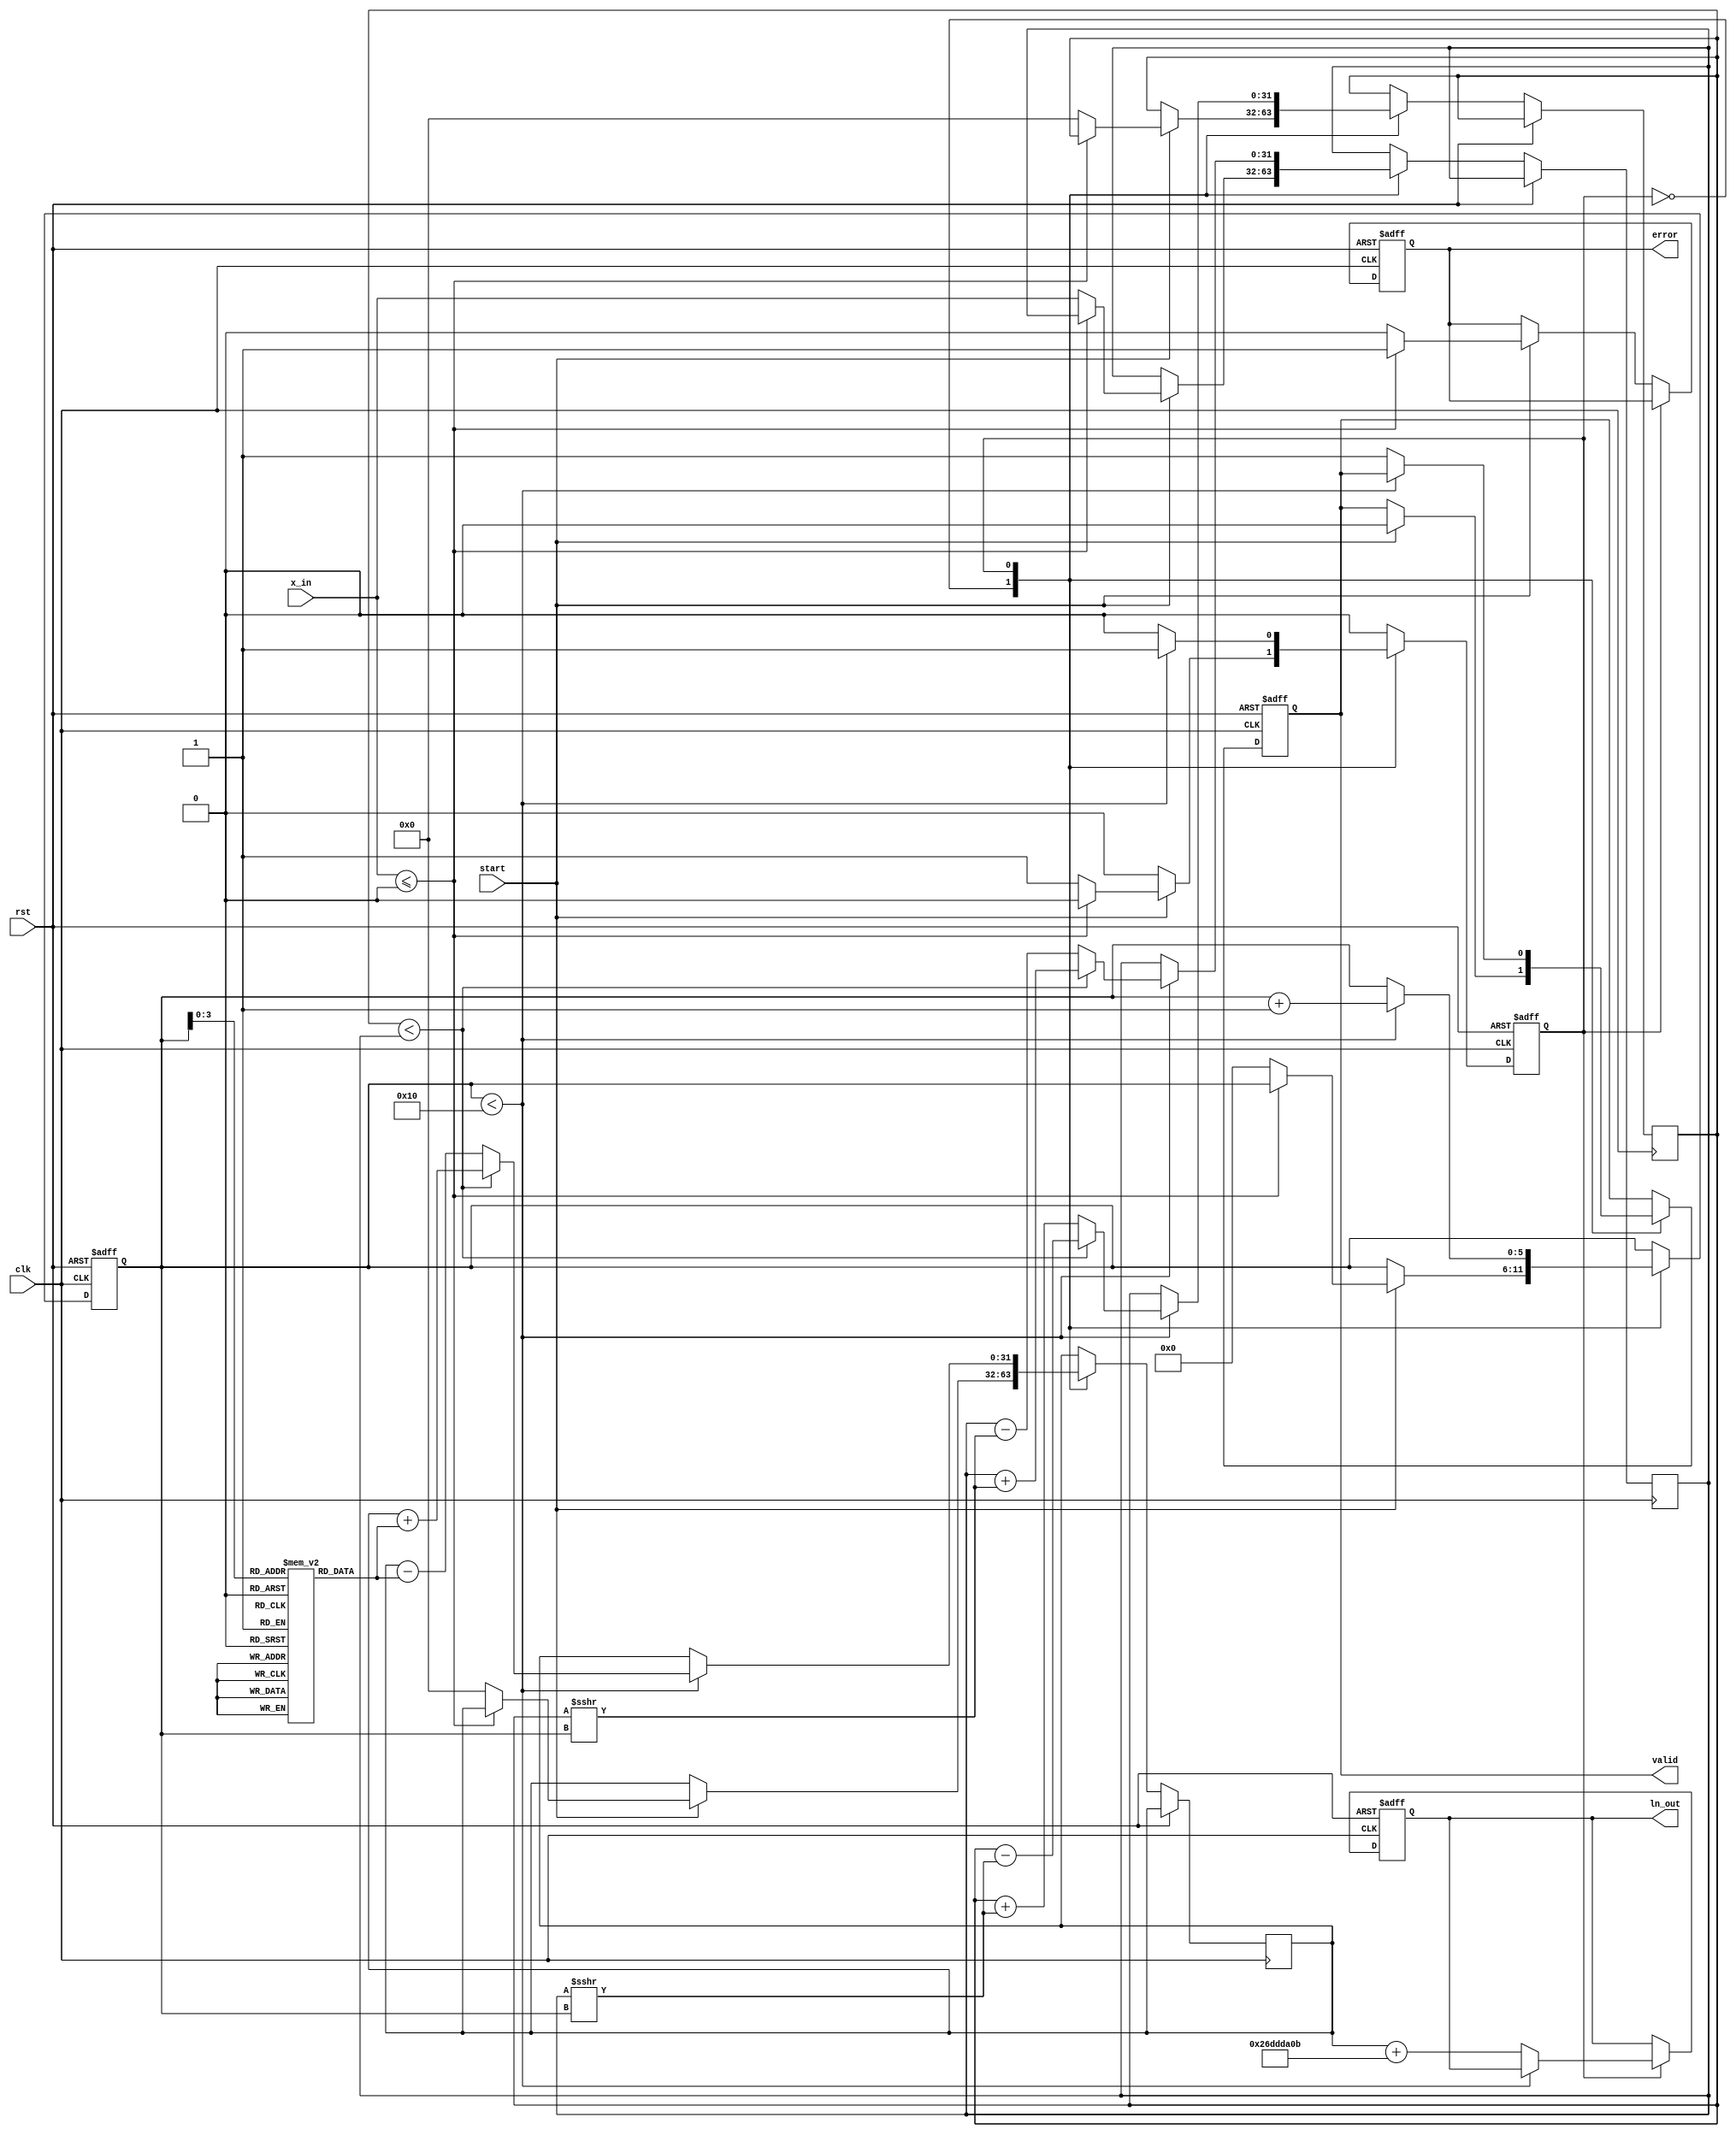
module cordic_logarithm(
    input wire clk,
    input wire rst,
    input wire start,
    input wire [31:0] x_in, // Input width: 32-bit fixed-point
    output reg [31:0] ln_out, // Output width: 32-bit fixed-point
    output reg valid,
    output reg error
);

parameter ITERATIONS = 16; // Number of CORDIC iterations
parameter FIXED_POINT = 32'h26DDDA0B; // Scaling factor approx. 0.613706 (2^-1.442695 in 32-bit fixed-point)
reg [31:0] angle_table [0:ITERATIONS-1]; // CORDIC angle table
reg [31:0] x, y, z; // CORDIC coordinates and angle
reg [5:0] count; // Iteration counter
reg state; // FSM state

initial begin
    // Initialize the angle table for arctangent values (in fixed-point)
    angle_table[0] = 32'h00000000; // atan(1)
    angle_table[1] = 32'h3F490FDB; // atan(0.5) ~ 0.463647609
    angle_table[2] = 32'h3F1A36A0; // atan(0.25) ~ 0.245118202
    angle_table[3] = 32'h3E8E8C39; // atan(0.125) ~ 0.124354994
    // ... other angles as necessary
    angle_table[ITERATIONS-1] = 32'h3E8B39A9; // last angle
end

// FSM States
localparam IDLE = 1'b0;
localparam COMPUTE = 1'b1;

always @(posedge clk or posedge rst) begin
    if (rst) begin
        ln_out <= 32'b0;
        valid <= 1'b0;
        error <= 1'b0;
        state <= IDLE;
        count <= 6'b0;
    end else begin
        case (state)
            IDLE: begin
                if (start) begin
                    if (x_in <= 32'd0) begin
                        error <= 1'b1; // Invalid input
                        valid <= 1'b0;
                    end else begin
                        error <= 1'b0; // Reset error
                        valid <= 1'b0; // Reset valid
                        x <= x_in; // Initialize x with input
                        y <= 32'h00000000; // Initialize y
                        z <= 32'h00000000; // Initialize angle
                        count <= 6'b0; // Reset counter
                        state <= COMPUTE; // Move to compute state
                    end
                end
            end
            
            COMPUTE: begin
                if (count < ITERATIONS) begin
                    // CORDIC rotation computations
                    if (y < x) begin // Rotate clockwise
                        x <= x + (y >>> count);
                        y <= y - (x >>> count);
                        z <= z + angle_table[count];
                    end else begin // Rotate counterclockwise
                        x <= x - (y >>> count);
                        y <= y + (x >>> count);
                        z <= z - angle_table[count];
                    end
                    count <= count + 1'b1; // Increment iteration counter
                end else begin
                    ln_out <= z + FIXED_POINT; // Scale and output final result
                    valid <= 1'b1; // Indicate output is valid
                    state <= IDLE; // Go back to idle state
                end
            end
            
            default: state <= IDLE; // Safe default
        endcase
    end
end

endmodule